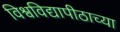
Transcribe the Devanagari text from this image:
विश्वविद्यापीठाच्या